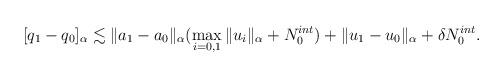
LaTeX: \begin{align*}[q_1 - q_0]_{\alpha} \lesssim \|a_1 - a_0 \|_{\alpha} (\max_{i=0,1} \|u_i\|_{\alpha} + N_0^{int}) + \|u_1 - u_0\|_{\alpha} + \delta N_0^{int}. \end{align*}